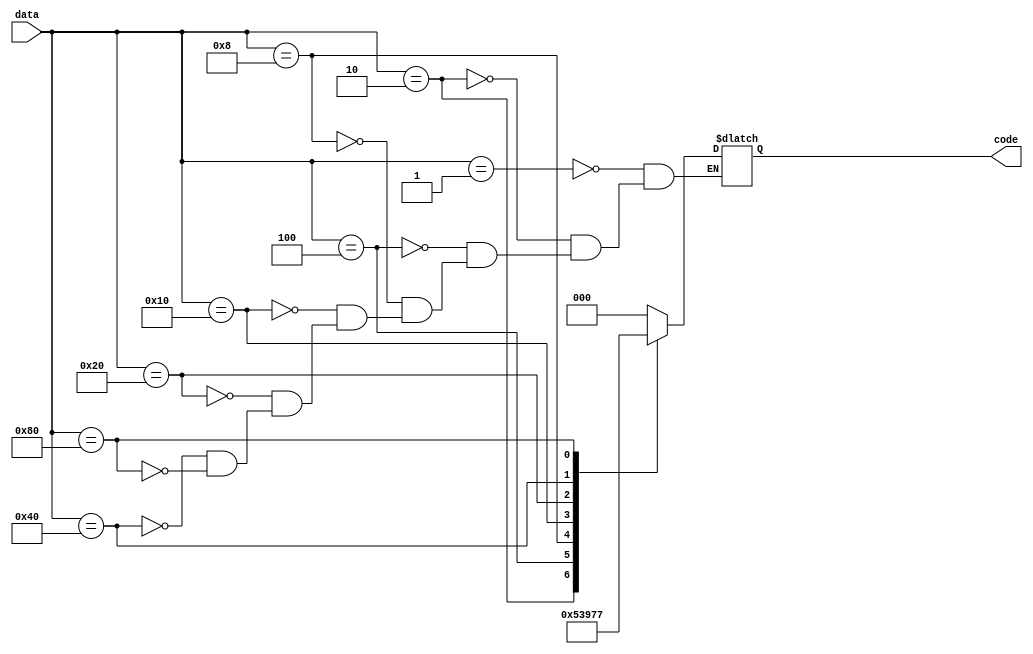

module Encoder8x3(code, data);

    output reg [2:0] code;
    input [7:0] data;

    always @ ( data ) begin
        case (data)
            8'b0000_0001: code <= 3'd0;
            8'b0000_0010: code <= 3'd1;
            8'b0000_0100: code <= 3'd2;
            8'b0000_1000: code <= 3'd3;
            8'b0001_0000: code <= 3'd4;
            8'b0010_0000: code <= 3'd5;
            8'b0100_0000: code <= 3'd6;
            8'b1000_0000: code <= 3'd7;
        endcase
    end

endmodule